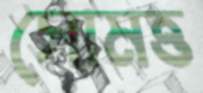
সোমত্ত